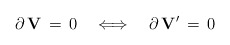
\begin{align*}\partial \, {\bf V}\, = \, 0 \quad \Longleftrightarrow \quad\partial \, {\bf V}^\prime \, = \, 0\end{align*}